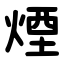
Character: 煙